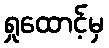
ရှုထောင့်မှ